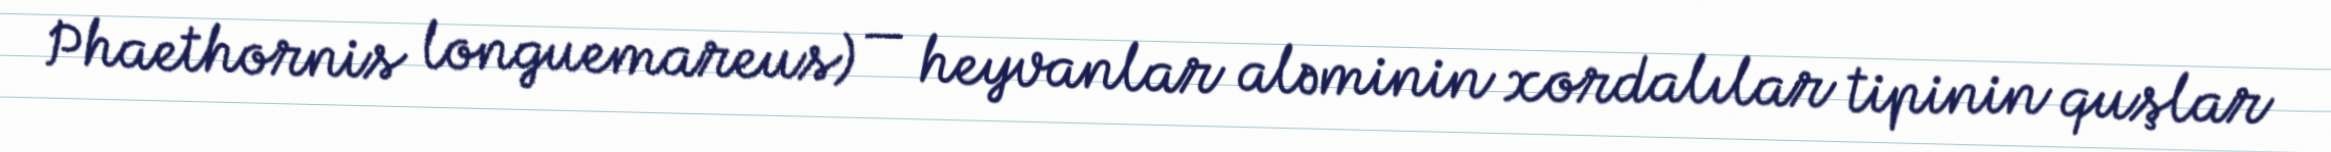
Phaethornis longuemareus) — heyvanlar aləminin xordalılar tipinin quşlar